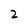
Character: 2